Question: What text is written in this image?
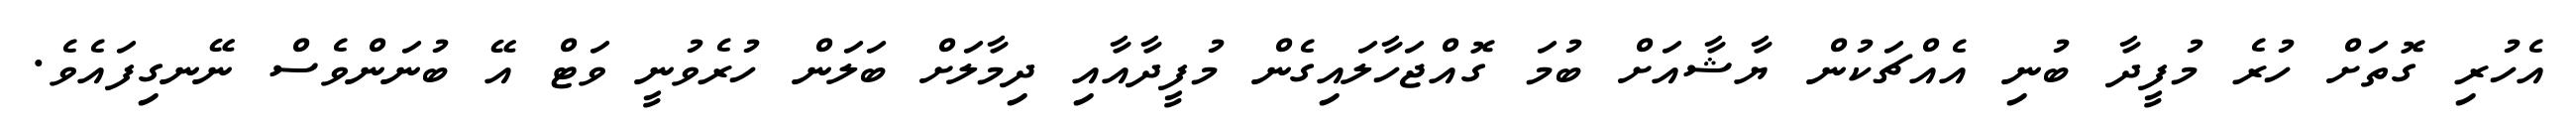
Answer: އެހުރި ގޮތަށް ހުރެ މުފީދާ ބުނި އެއްޗަކުން ޔާޝާއަށް ބުމަ ގޮއްޖަހާލައިގެން މުފީދާއާއި ދިމާލަށް ބަލަން ހުރެވުނީ ވަޓް އޭ ބުނަންވެސް ނޭނގިފައެވެ.